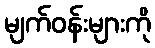
မျက်ဝန်းများကို